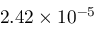
2 . 4 2 \times 1 0 ^ { - 5 }